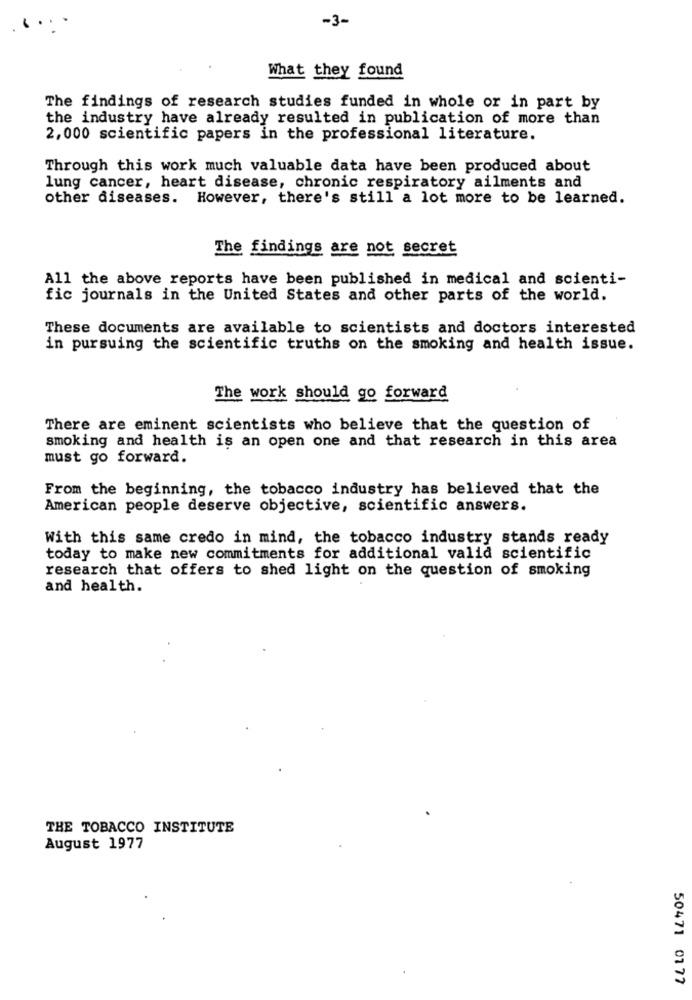
-3-
....
What they found
The findings of research studies funded in whole or in part by
the industry have already resulted in publication of more than
2,000 scientific papers in the professional literature.
Through this work much valuable data have been produced about
lung cancer, heart disease, chronic respiratory ailments and
other diseases. However, there's still a lot more to be learned.
The findings are not secret
All the above reports have been published in medical and scienti-
fic journals in the United States and other parts of the world.
These documents are available to scientists and doctors interested
in pursuing the scientific truths on the smoking and health issue.
The work should go forward
There are eminent scientists who believe that the question of
smoking and health is an open one and that research in this area
must go forward.
From the beginning, the tobacco industry has believed that the
American people deserve objective, scientific answers.
With this same credo in mind, the tobacco industry stands ready
today to make new commitments for additional valid scientific
research that offers to shed light on the question of smoking
and health.
THE TOBACCO INSTITUTE
August 1977
50471 07 77